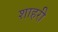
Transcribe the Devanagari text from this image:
शाहरी